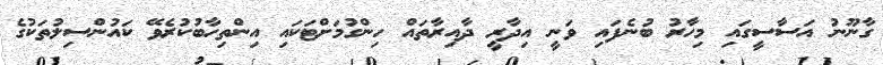
ގާނޫނު އަސާސީގައި މިހާރު ބުނެފައި ވަނީ އިދާރީ ދާއިރާތައް ހިންގުމަށްޓަކައި އިންތިހާބުކުރެވޭ ކައުންސިލުތަކުގެ